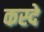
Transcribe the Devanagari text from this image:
कस्दे